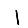
Digit: 1